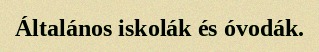
Általános iskolák és óvodák.